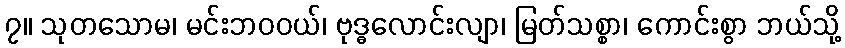
၇။ သုတသောမ၊ မင်းဘဝဝယ်၊ ဗုဒ္ဓလောင်းလျာ၊ မြတ်သစ္စာ၊ ကောင်းစွာ ဘယ်သို့